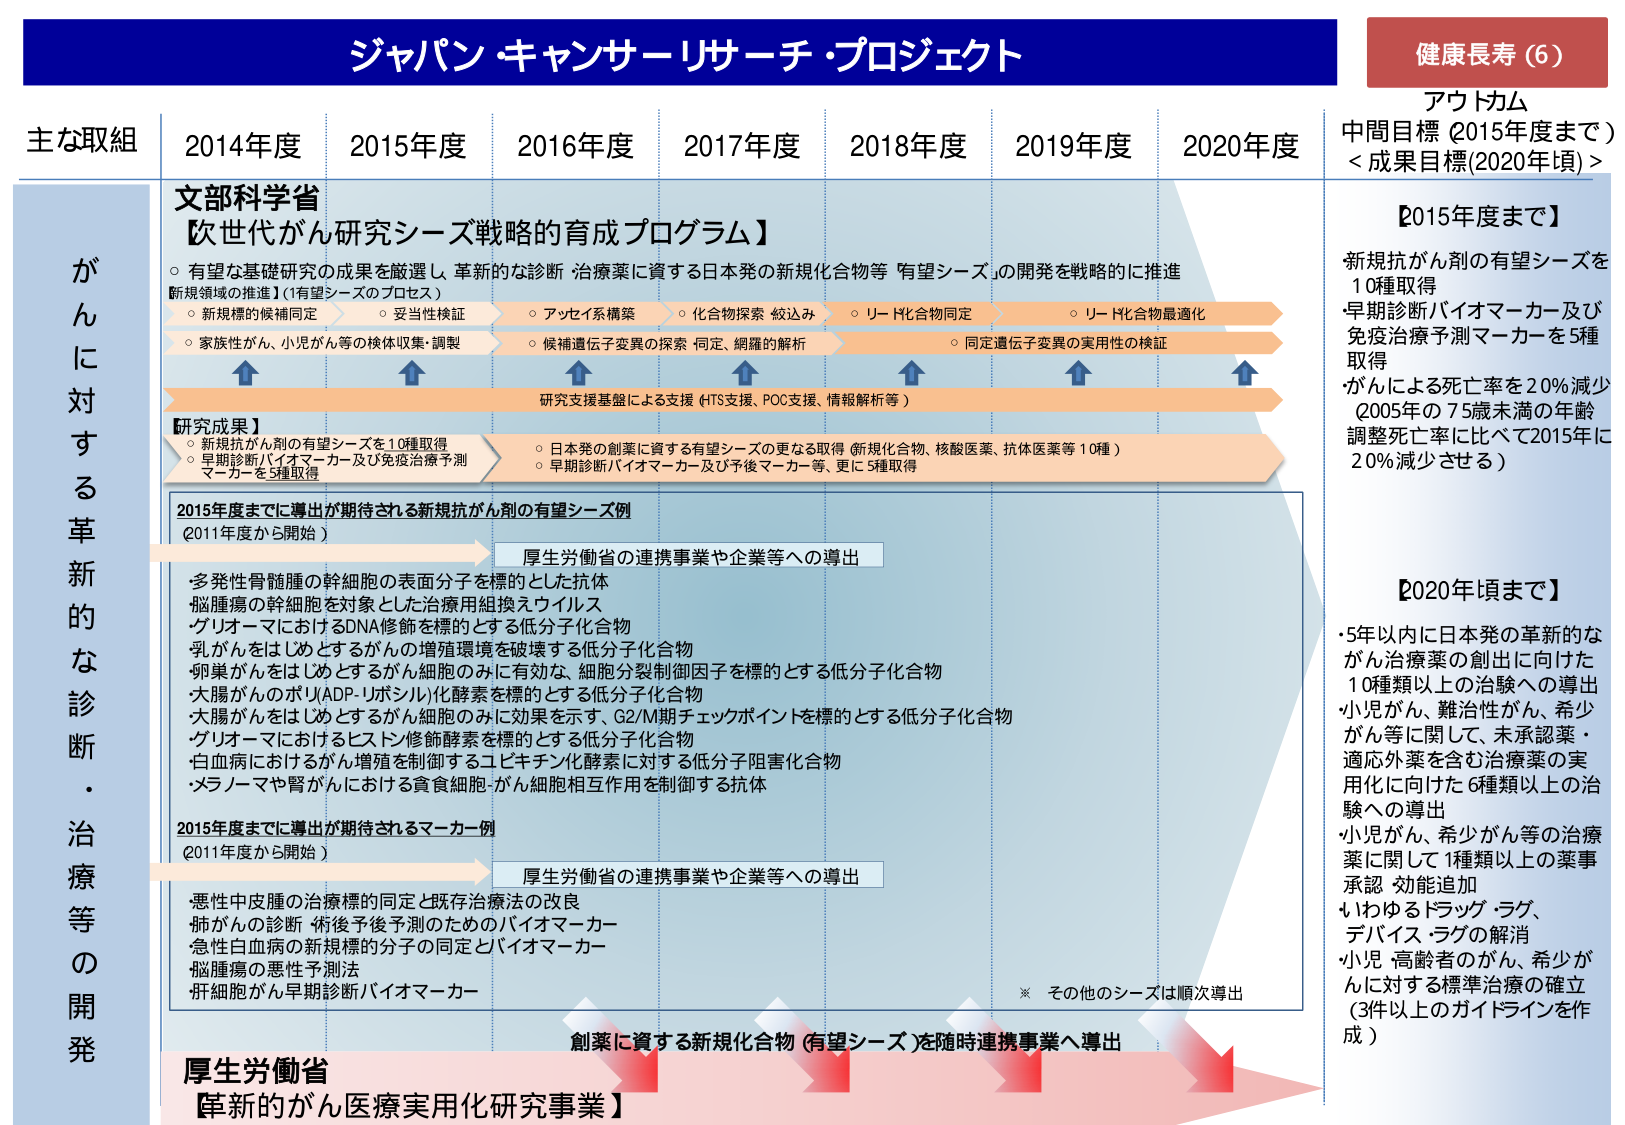
ジャパン・キャンサー・リサーチ・プロジェクト

健康長寿（6）

アウトカム
中間目標（2015年度まで）
＜成果目標(2020年頃)＞

【2015年度まで】
新規抗がん剤の有望シーズを
10種取得
早期診断バイオマーカー及び
免疫治療予測マーカーを5種
取得
がんによる死亡率を20%減少
（2005年の75歳未満の年齢
調整死亡率に比べて2015年に
20%減少させる）

【2020年頃まで】
・5年以内に日本発の革新的な
がん治療薬の創出に向けた
10種類以上の治験への導出
小児がん、難治性がん、希少
がんに関して、未承認薬・
適応外薬を含む治療薬の実
用化に向けた6種類以上の治
験への導出
小児がん、希少がん等の治療
薬に関して1種類以上の薬事
承認・効能追加
もやゆるドラッグ・ラグ、
デバイス・ラグの解消
小児・高齢者のがん、希少が
んに対する標準治療の確立
（3件以上のガイドラインを作
成）

主な取組
2014年度　2015年度　2016年度　2017年度　2018年度　2019年度　2020年度

文部科学省
【次世代がん研究シーズ戦略的育成プログラム】
○ 有望な基礎研究の成果を厳選し、革新的な診断・治療薬に資する日本発の新規化合物等「有望シーズ」の開発を戦略的に推進
新規領域の推進】（有望シーズのプロセス）
○ 新規標的の候補同定 → ○ 妥当性検証 → ○ アッセイ系構築 → ○ 化合物探索・絞込み → ○ リード化合物同定 → ○ リード化合物最適化
○ 家族性がん、小児がん等の検体収集・調製 → ○ 候補遺伝子変異の探索・同定、網羅的解析 → ○ 同定遺伝子変異の実用性の検証
研究支援基盤による支援（HTS支援、POC支援、情報解析等）

【研究成果】
○ 新規抗がん剤の有望シーズを10種取得
○ 早期診断バイオマーカー及び免疫治療予測マーカーを5種取得
○ 日本発の創薬に資する有望シーズの更なる取得（新規化合物、核酸医薬、抗がん医薬等10種）
○ 早期診断バイオマーカー及び予後マーカー等、更に5種取得

2015年度までに導出が期待される新規抗がん剤の有望シーズ例
（2011年度から開始）
→ 厚生労働省の連携事業や企業等への導出
・多発性骨髄腫の幹細胞の表面分子を標的とした抗体
・脳腫瘍の幹細胞を対象とした治療用組換えウイルス
・グリオーマにおけるDNA修飾を標的とする低分子化合物
・乳がんをはじめとするがんの増殖環境を破壊する低分子化合物
・卵巣がんをはじめとするがん細胞のみに有効な、細胞分裂制御因子を標的とする低分子化合物
・大腸がんのポリ(ADP-リボシル)化酵素を標的とする低分子化合物
・大腸がんをはじめとするがん細胞のみに効果を示す、G2/M期チェックポイントを標的とする低分子化合物
・グリオーマにおけるヒストン修飾酵素を標的とする低分子化合物
・白血病におけるがん増殖を制御するユビキチン化酵素に対する低分子阻害化合物
・メラノーマや腎がんにおける食貪細胞-がん細胞相互作用を制御する抗体

2015年度までに導出が期待されるマーカー例
（2011年度から開始）
→ 厚生労働省の連携事業や企業等への導出
・悪性中皮腫の治療標的同定と既存治療法の改良
・肺がんの診断・術後予後予測のためのバイオマーカー
・急性白血病の新規標的分子の同定とバイオマーカー
・脳腫瘍の悪性予測法
・肝細胞がん早期診断バイオマーカー

※ その他のシーズは順次導出

厚生労働省
【革新的がん医療実用化研究事業】
創薬に資する新規化合物（有望シーズ）を随時連携事業へ導出

がんに対する革新的な診断・治療等の開発